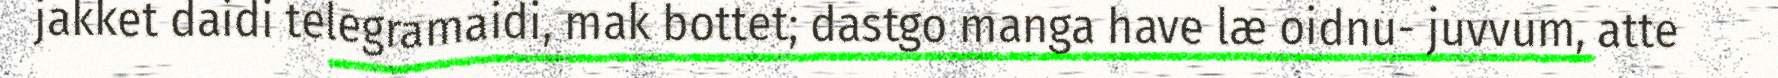
jakket daidi telegramaidi, mak bottet; dastgo manga have læ oidnu- juvvum, atte